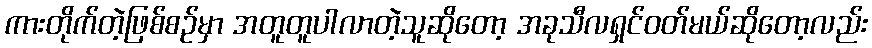
ကားတိုက်တဲ့ဖြစ်စဥ်မှာ အတူတူပါလာတဲ့သူဆိုတော့ အခုသီလရှင်ဝတ်မယ်ဆိုတော့လည်း